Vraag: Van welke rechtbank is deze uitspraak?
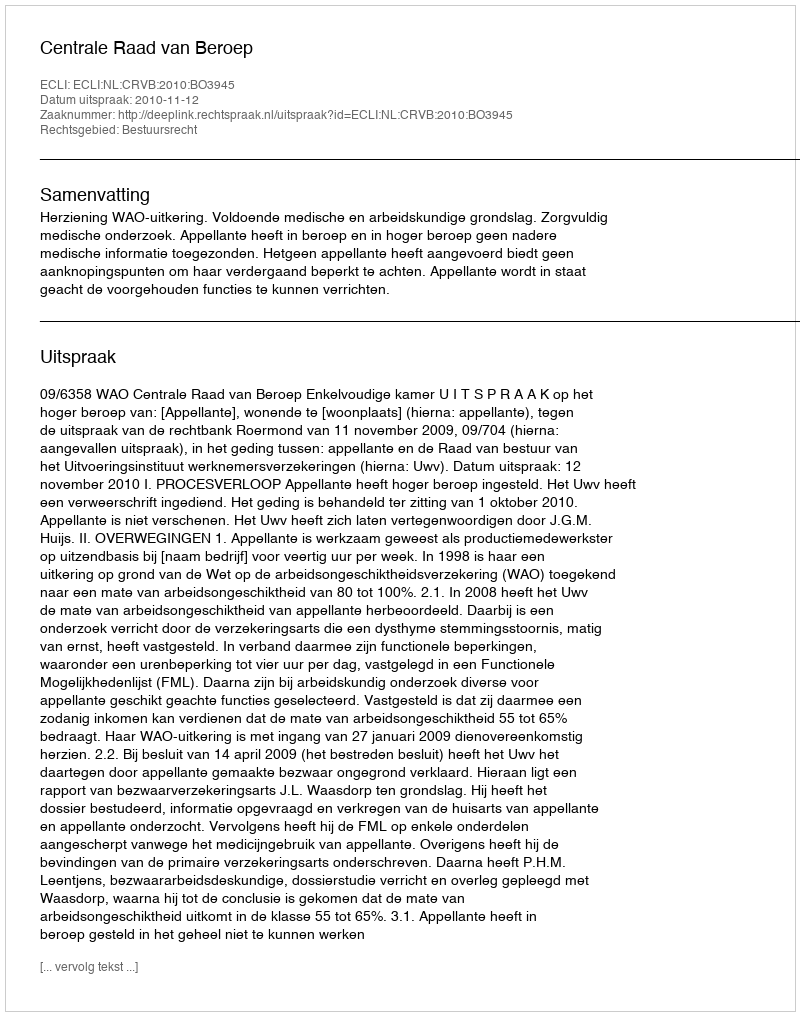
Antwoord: Centrale Raad van Beroep